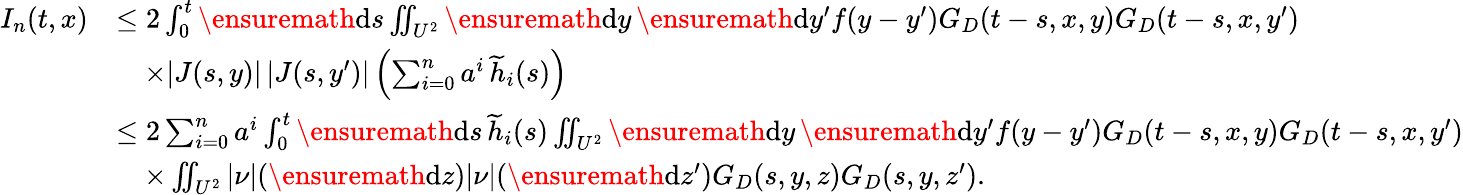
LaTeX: \begin{array}{rl}{I_{n}(t,x)}&{\le 2\int_{0}^{t}\ensuremath{\mathrm{d}}s\iint_{U^{2}}\ensuremath{\mathrm{d}}y\, \ensuremath{\mathrm{d}}y^{\prime}f(y-y^{\prime})G_{D}(t-s,x,y)G_{D}(t-s,x,y^{\prime})}\\ &{\quad\times|J(s,y)|\, |J(s,y^{\prime})|\left(\sum_{i=0}^{n}a^{i}\, \widetilde{h}_{i}(s)\right)}\\ &{\le 2\sum_{i=0}^{n}a^{i}\int_{0}^{t}\ensuremath{\mathrm{d}}s\, \widetilde{h}_{i}(s)\iint_{U^{2}}\ensuremath{\mathrm{d}}y\, \ensuremath{\mathrm{d}}y^{\prime}f(y-y^{\prime})G_{D}(t-s,x,y)G_{D}(t-s,x,y^{\prime})}\\ &{\quad\times\iint_{U^{2}}|\nu|(\ensuremath{\mathrm{d}}z)|\nu|(\ensuremath{\mathrm{d}}z^{\prime})G_{D}(s,y,z)G_{D}(s,y,z^{\prime}).}\end{array}